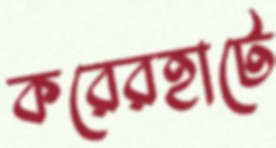
করেরহাটে